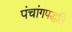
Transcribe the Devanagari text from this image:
पंचांगपद्धति